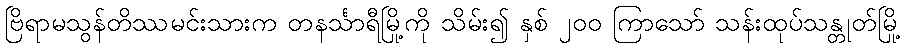
ဗြိရာမသွန်တိဿမင်းသားက တနင်္သာရီမြို့ကို သိမ်း၍ နှစ် ၂၀၀ ကြာသော် သန်းထုပ်သန္တုတ်မြို့